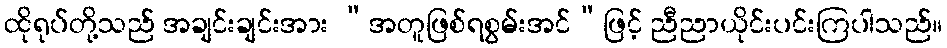
ထိုရုပ်တို့သည် အချင်းချင်းအား “အတူဖြစ်ရစွမ်းအင်”ဖြင့် ညီညာယိုင်းပင်းကြပါသည်။